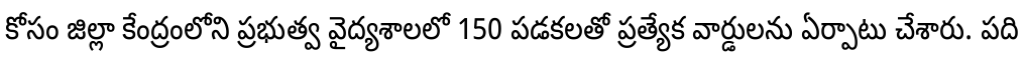
కోసం జిల్లా కేంద్రంలోని ప్రభుత్వ వైద్యశాలలో 150 పడకలతో ప్రత్యేక వార్డులను ఏర్పాటు చేశారు. పది